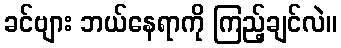
ခင်ဗျား ဘယ်နေရာကို ကြည့်ချင်လဲ။